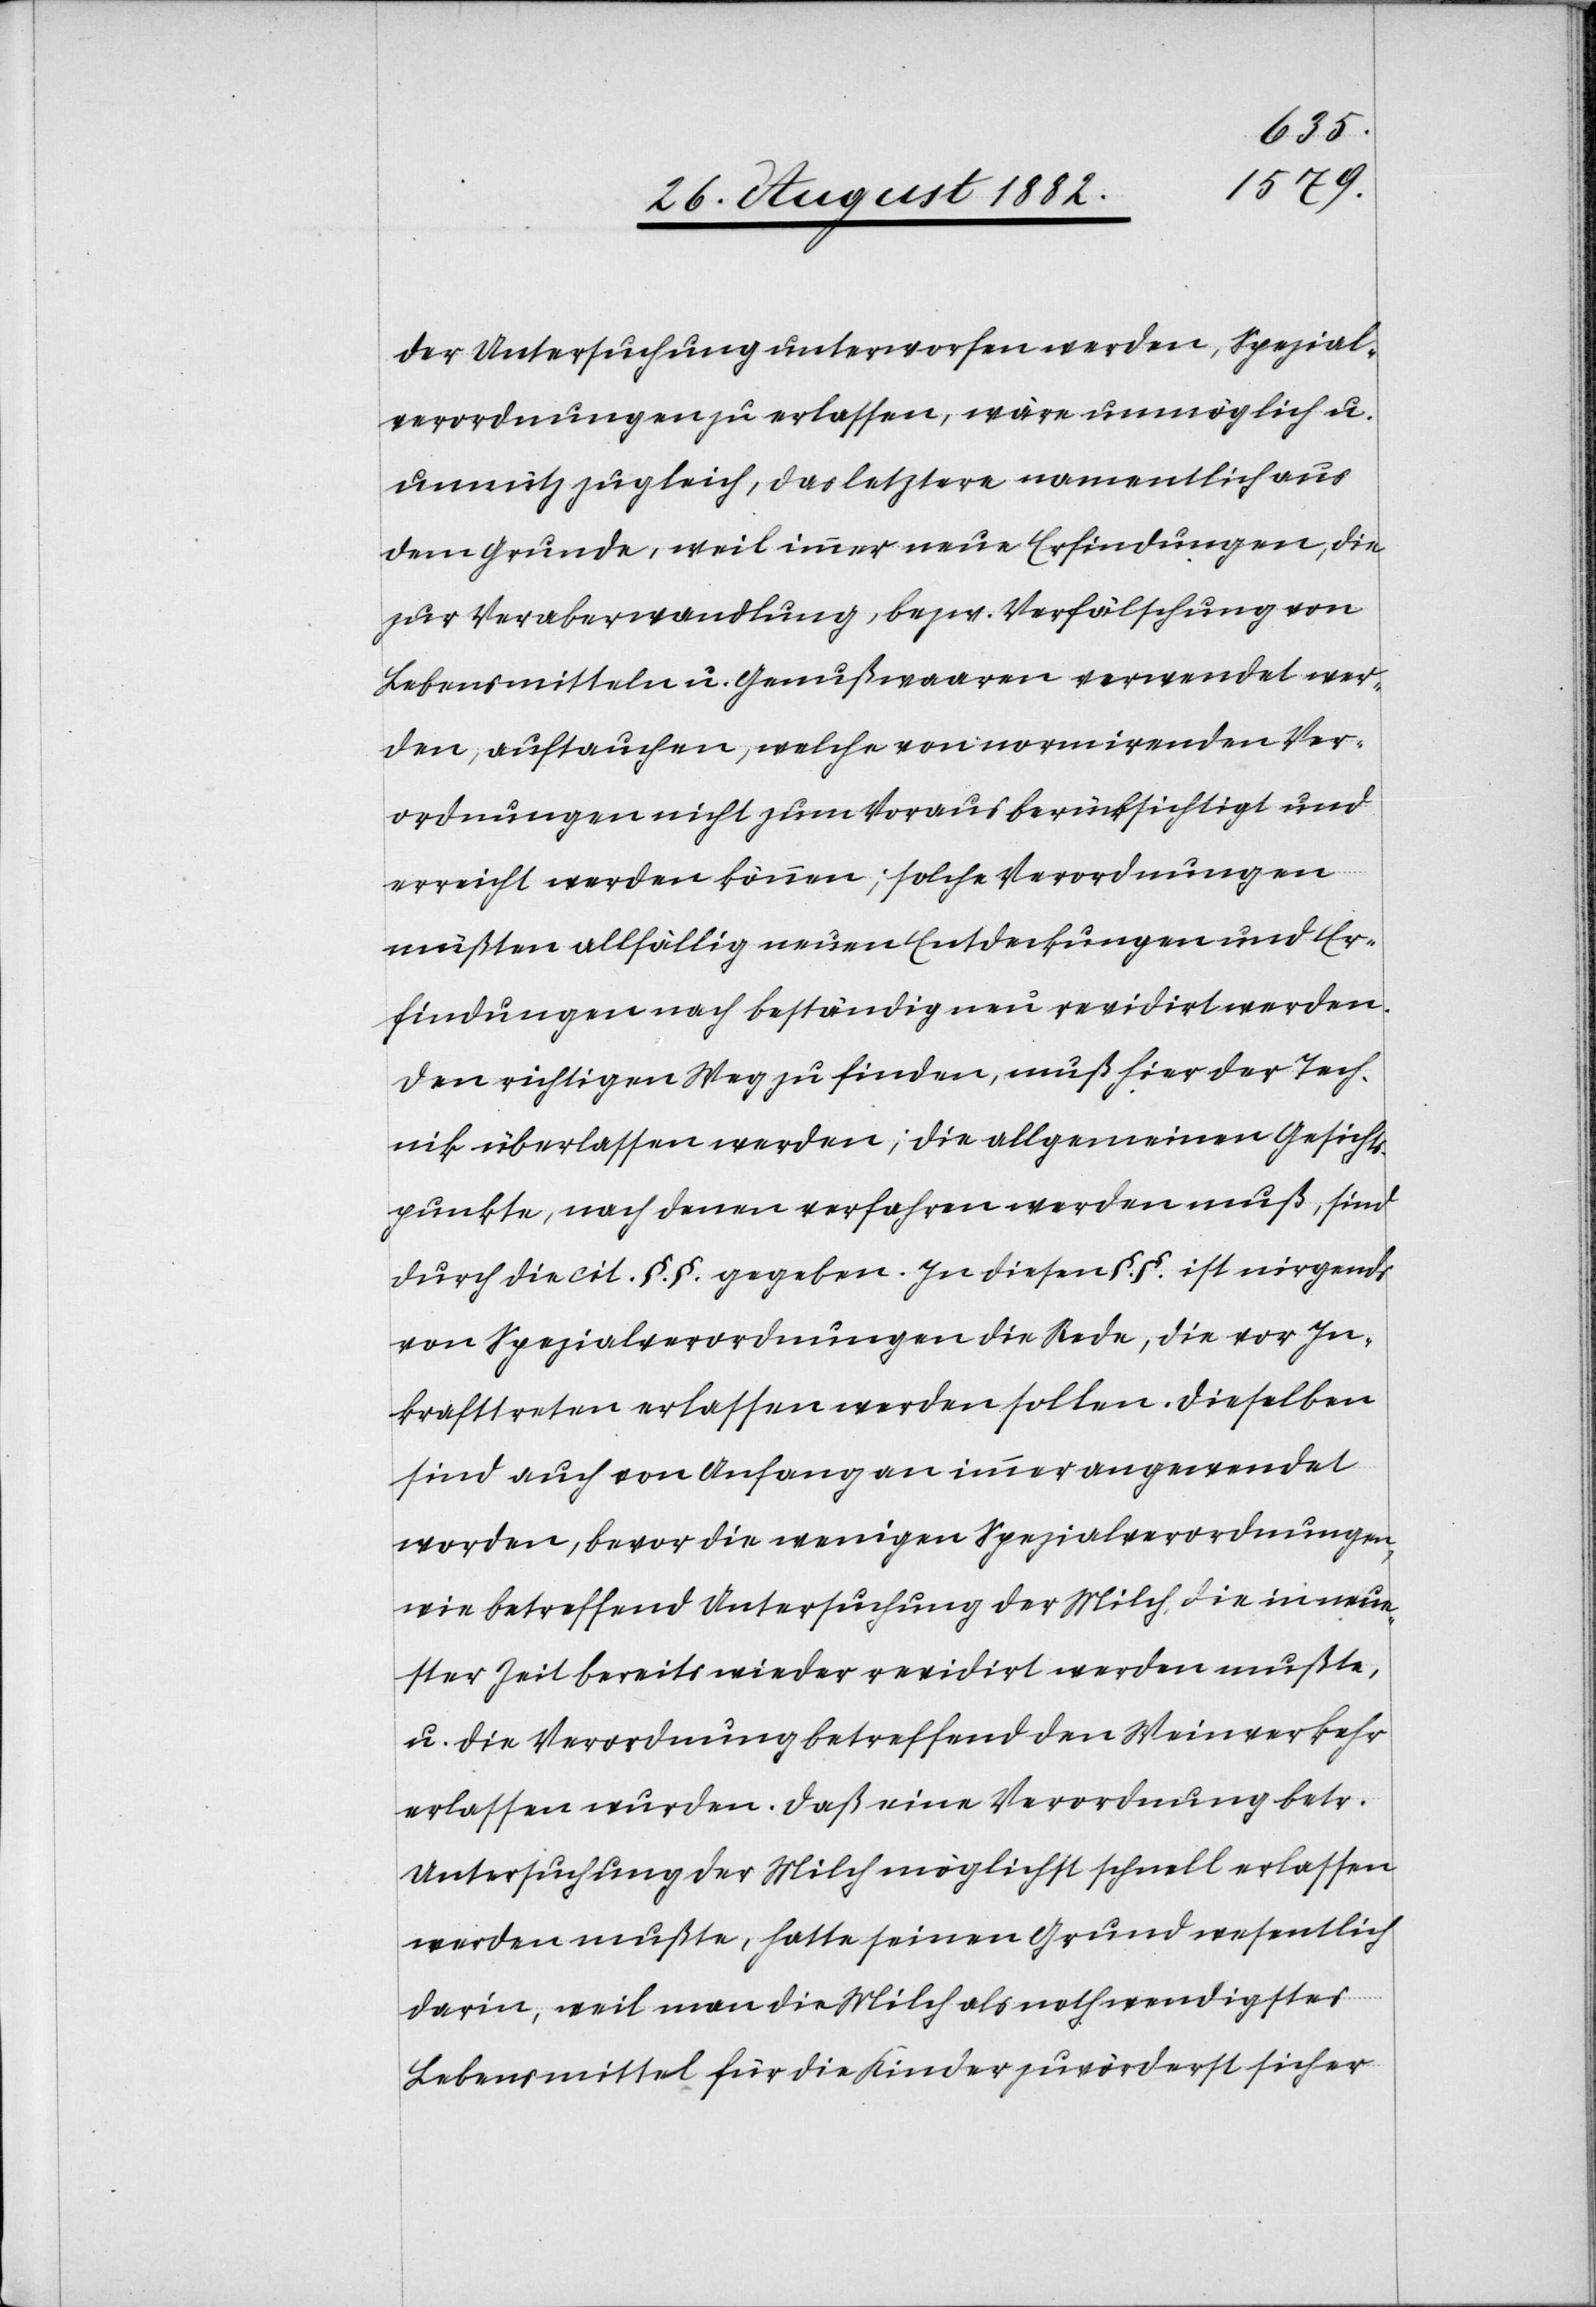
der Untersuchung unterworfen werden, Spezial¬
verordnungen zu erlassen, wäre unmöglich u.
unnütz zugleich, das letztere namentlich aus
dem Grunde, weil immer neue Erfindungen, die
zur Veraberwandlung, bezw. Verfälschung von
Lebensmitteln u. Genußwaaren verwendet wer¬
den, auftauchen, welche von normirenden Ver¬
ordnungen nicht zum Voraus berücksichtigt und
erreicht werden können; solche Verordnungen
müßten allfällig neuen Entdeckungen und Er¬
findungen nach beständig neu revidirt werden.
Den richtigen Weg zu finden, muß hier der Tech¬
nik überlassen werden; die allgemeinen Gesicht¬
spunkte, nach denen verfahren werden muß, sind
durch die cit. §. §. gegeben. In diesen §. §. ist nirgends
von Spezialverordnungen die Rede, die vor In¬
krafttreten erlassen werden sollen. Dieselben
sind auch von Anfang an immer angewendet
worden, bevor die wenigen Spezialverordnungen,
wie betreffend Untersuchung der Milch, die in neue¬
ster Zeit bereits wieder revidirt werden mußte,
u. die Verordnung betreffend den Weinverkehr
erlassen wurden. Daß eine Verordnung betr.
Untersuchung der Milch möglichst schnell erlassen
werden mußte, hatte seinen Grund wesentlich
darin, weil man die Milch als nothwendigstes
Lebensmittel für die Kinder zuvörderst sicher